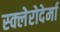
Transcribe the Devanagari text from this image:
स्क्लेरोदेर्मा